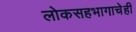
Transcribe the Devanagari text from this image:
लोकसहभागाचेही